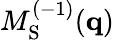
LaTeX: M_{\mathrm{S}}^{(-1)}(\mathbf{q})